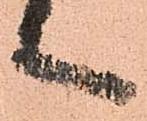
言